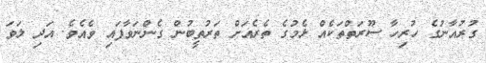
ގުރުއާނުގެ ހުރިހާ ސޫރަތްތަކެއް ޅެމުގެ ތެރެއަށް ތަރުތީބުން ގެންނަވާފައި ވެއެވެ. އަދި ލަވަ